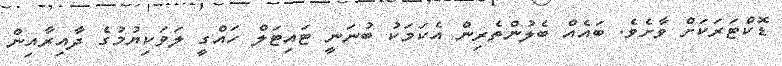
ޑޮކްޓަރަކަށް ވާށެވެ. ބައެއް ބެލުންތެރިން އެކަމަކު ބުނަނީ ޓައިޓަލް ހައްގީ ލަވަކިޔުމުގެ ދާއިރާއިން